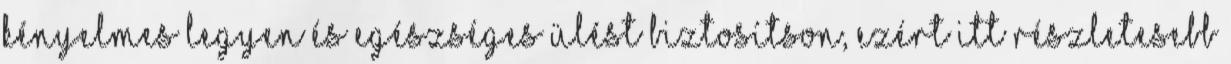
kényelmes legyen és egészséges ülést biztosítson, ezért itt részletesebb